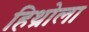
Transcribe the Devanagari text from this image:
हिथ्रोला